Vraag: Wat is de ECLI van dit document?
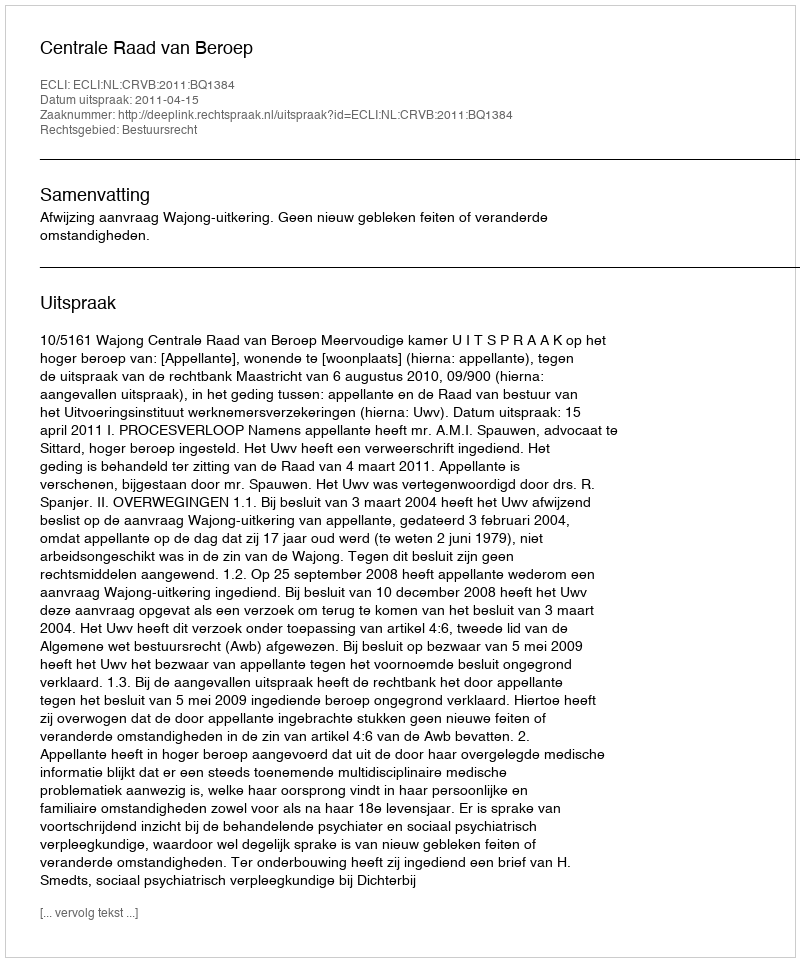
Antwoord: ECLI:NL:CRVB:2011:BQ1384